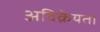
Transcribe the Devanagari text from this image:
अविक्रेयता